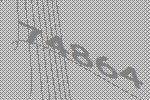
74864